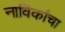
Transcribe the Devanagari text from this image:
नाविकांचा